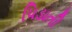
પિડાતી